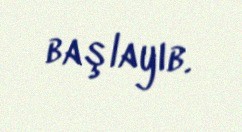
başlayıb.